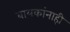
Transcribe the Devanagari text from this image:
बायकांनाही